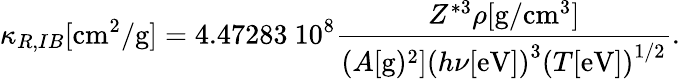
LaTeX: \kappa_{R,IB}[\mathrm{cm}^{2}/\mathrm{g}]=4.47283~10^{8}\frac{Z^{*3}\rho[\mathrm{g}/\mathrm{cm}^{3}]}{(A[\mathrm{g})^{2}]\left(h\nu[\mathrm{eV}]\right)^{3}\left(T[\mathrm{eV}]\right)^{1/2}}.